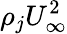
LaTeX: \rho_{j}U_{\infty}^{2}